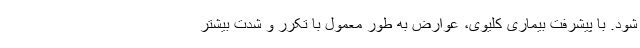
شود. با پیشرفت بیماری کلیوی، عوارض به طور معمول با تکرر و شدت بیشتر